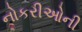
નોકરીઓની